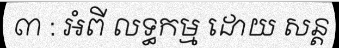
៣ : អំពី លទ្ធកម្ម ដោយ សន្ត